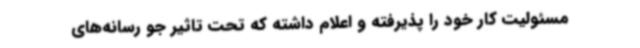
مسئولیت کار خود را پذیرفته و اعلام داشته که تحت تاثیر جو رسانه‌های